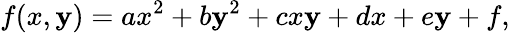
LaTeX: f(x,\mathbf{y})=ax^{2}+b\mathbf{y}^{2}+cx\mathbf{y}+dx+e\mathbf{y}+f,\,